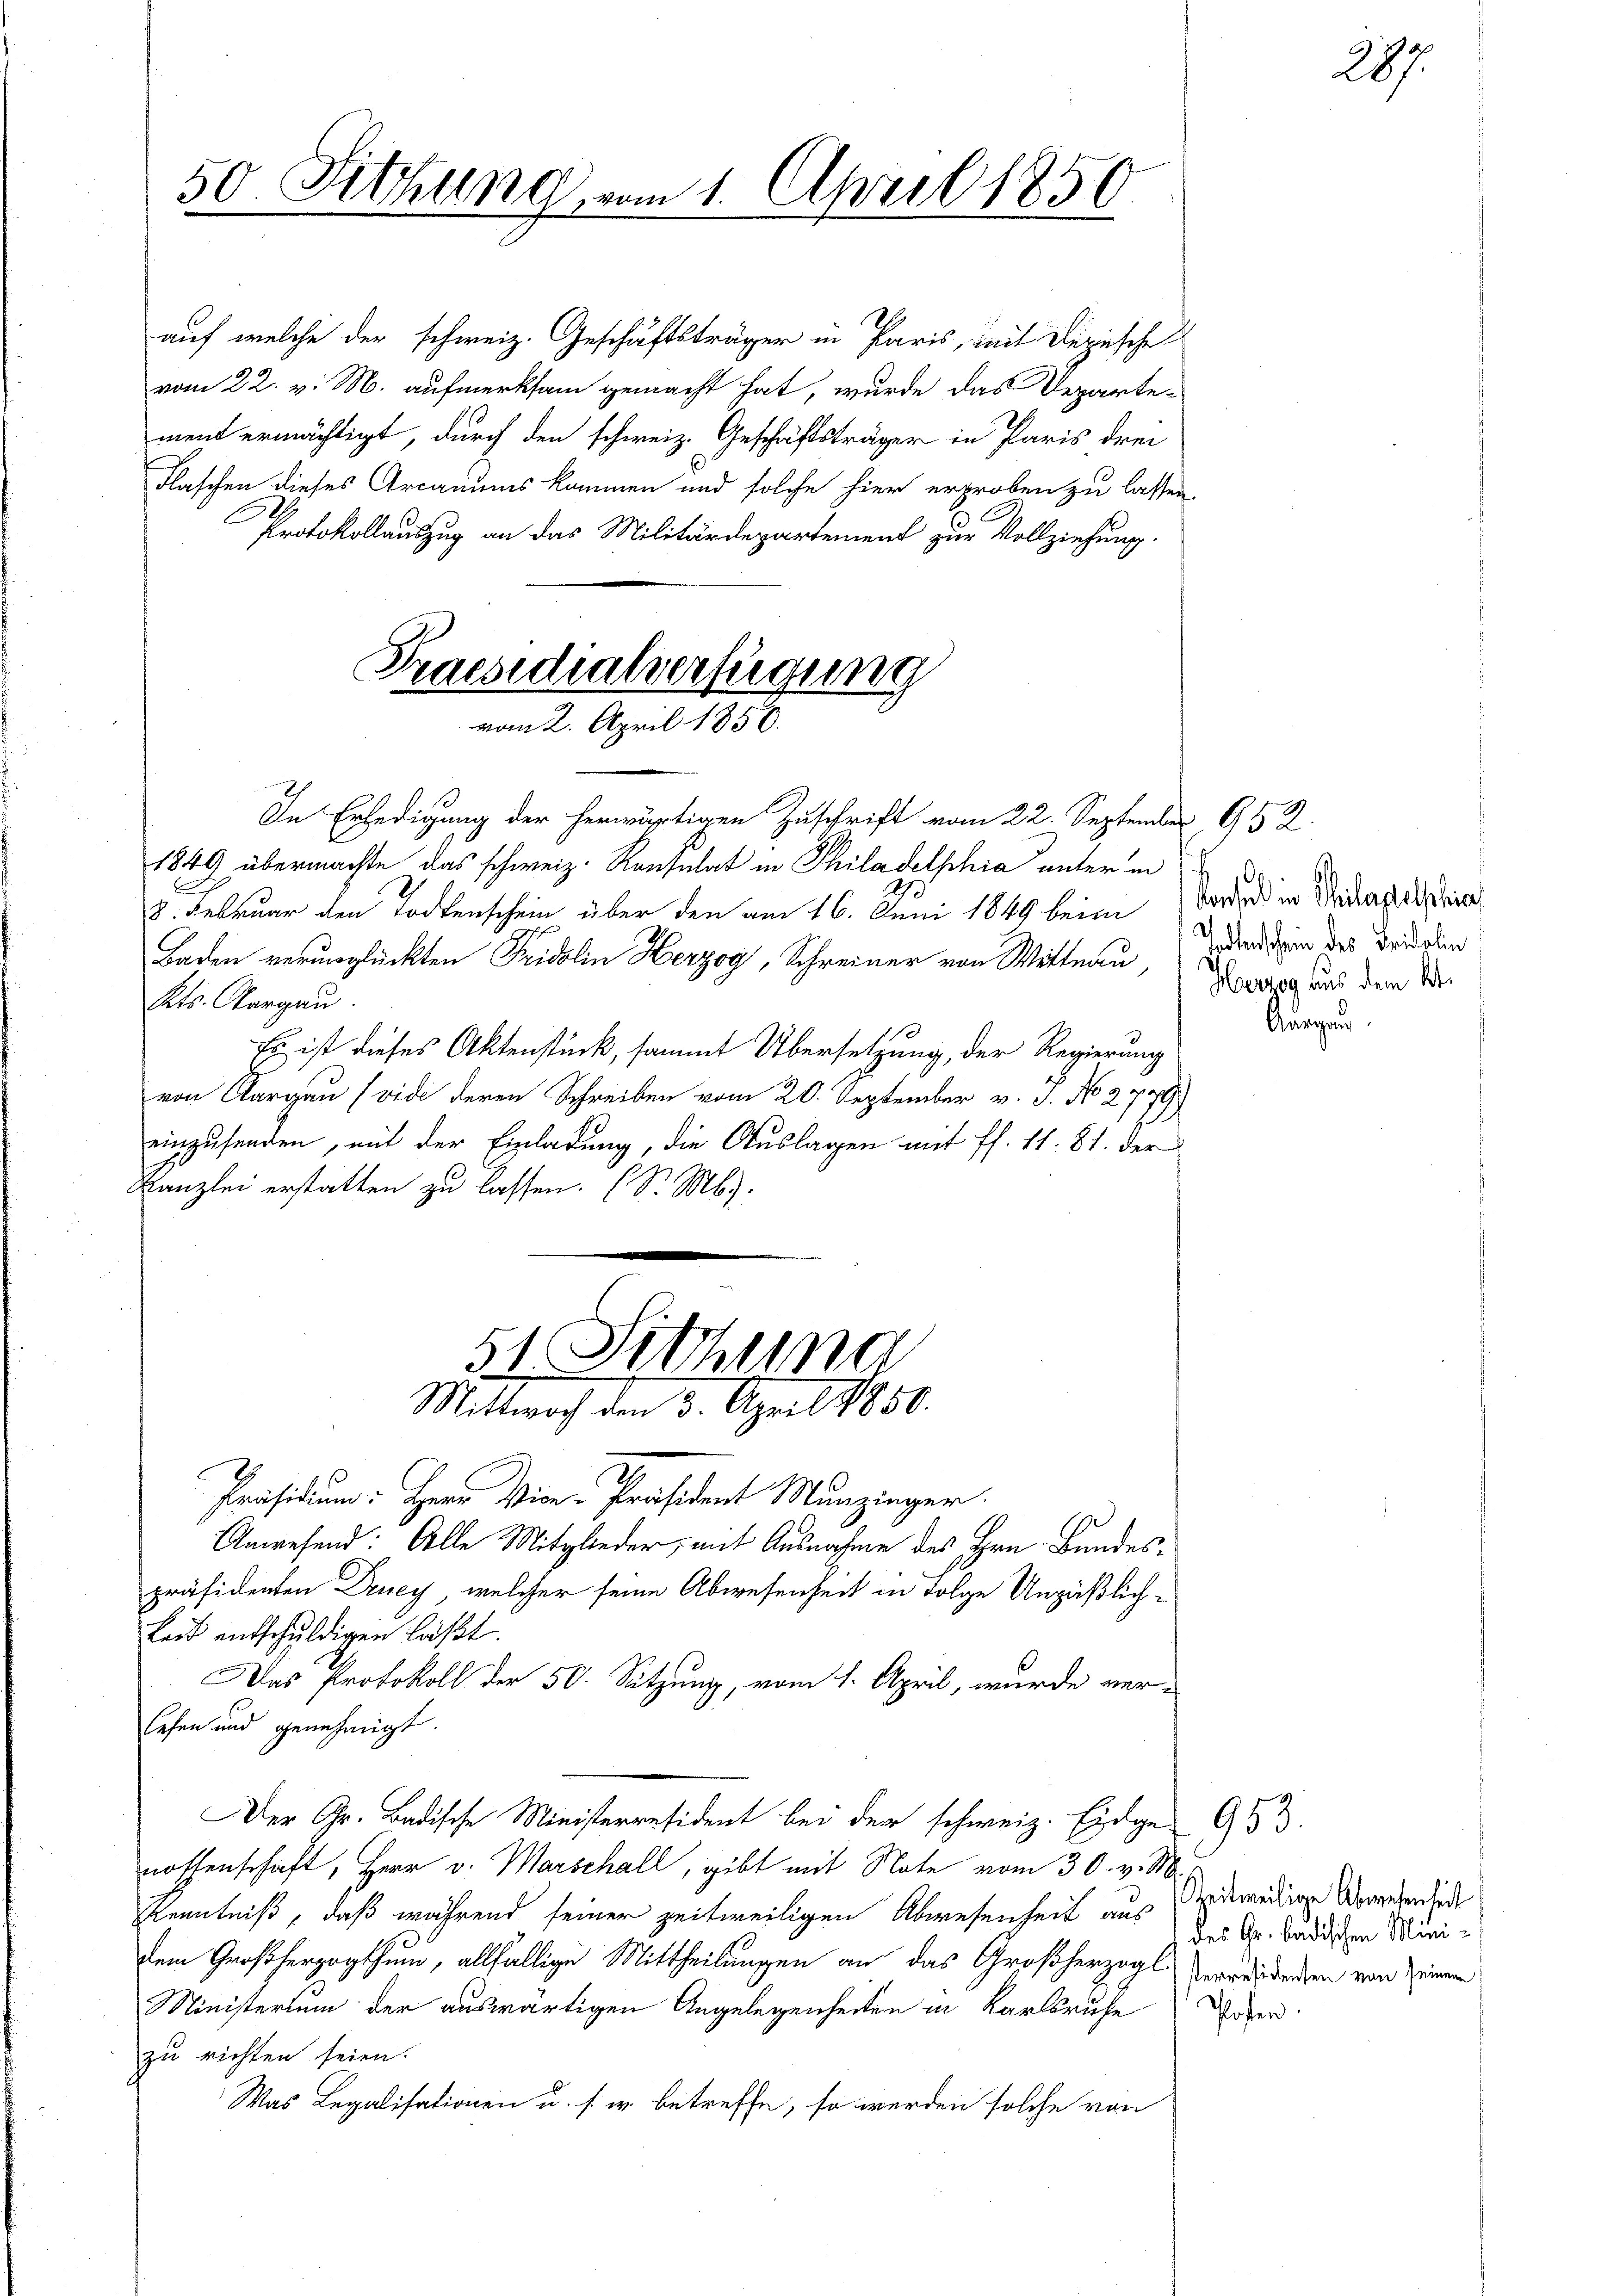
50. Fitzung vom 1. April 1850

auf welche der schweiz. Geschäftsträger in Paris, mit Depesche
vom 22. v. M. aufmerksam gemacht hat, wurde das Departement ermächtigt, durch den schweiz. Geschäftsträger in Paris drei
Flaschen dieses Arcanums kommen und solche hier erproben zu lassen.
Protokollauszug an das Militärdepartement zur Vollziehung.

Praesidialerfügung
vom 2. April 1850.

51. Sitzung
Mittwoch den 3. April 1850.

I
In Erledigung der herwärtigen Zuschrift vom 22. September 952.
1849 übermachte das schweiz. Konsulat in Philadelphia unter in
E
8. Februar den Todtenschein über den am 16. Juni 1849 beim
Baden verunglückten Fridolin Herzog, Schreiner von Wittnau,
Kts. Aargau
Es ist dieses Aktenstück, sammt Übersetzung, der Regierung
von Aargau (vide deren Schreiben vom 20. September v. J. No 2779)
einzusenden, mit der Einladung, die Auslagen mit ff. 11. 81. der
Kanzlei erstatten zu lassen. (S. Mb).
Präsidium Herr Vice-Präsident Munzinger.
Anwesend: Alle Mitglieder, mit Ausnahme des Hrn. Bundespräsidenten Druey, welcher seine Abwesenheit in Folge Unpäßlichkeit entschuldigen läßt.
Das Protokoll der 50. Sitzung, vom 1. April, wurde verlefen und genehmigt.
Der Gr. Badische Ministerresident bei der schweiz. Eidge- 933.
nossenschaft, Herr v. Marschall, gibt mit Note vom 30. v. M.
Kenntniß, daß während seiner zeitweiligen Abwesenheit aus zeitweilige Abwesen sicht
dem Großherzogthum, allfällige Mittheilungen an das Großherzogl Verweidenden von einer
Ministerium der auswärtigen Angelegenheiten in Karlsruhe
zu richten seien.
Was Legalisationen u. s. w. betreffe, so werden solche von

Kontel in Philadelphia
odtenschein des Fridolin
Herzog aus dem k.

287.

des Gr. Badischen Mini¬

Pofe

Ausgan